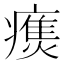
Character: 𰤃